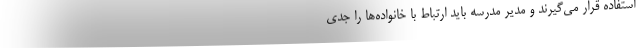
استفاده قرار می‌گیرند و مدیر مدرسه باید ارتباط با خانواده‌ها را جدی